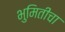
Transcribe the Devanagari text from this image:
भुमितीचा